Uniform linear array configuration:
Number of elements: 4
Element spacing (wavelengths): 1
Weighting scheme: hann
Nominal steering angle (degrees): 60
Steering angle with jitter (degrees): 58.345
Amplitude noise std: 0.05
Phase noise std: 0.05

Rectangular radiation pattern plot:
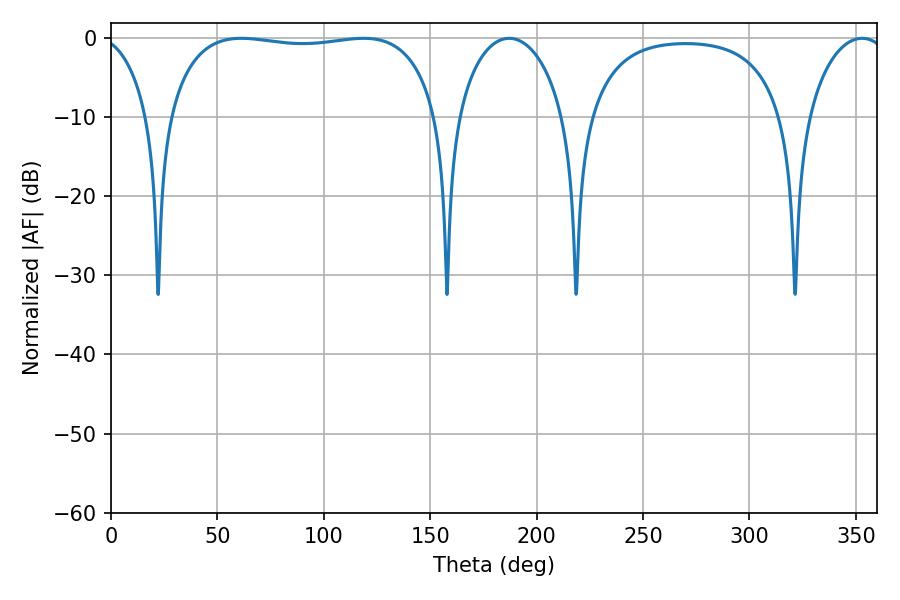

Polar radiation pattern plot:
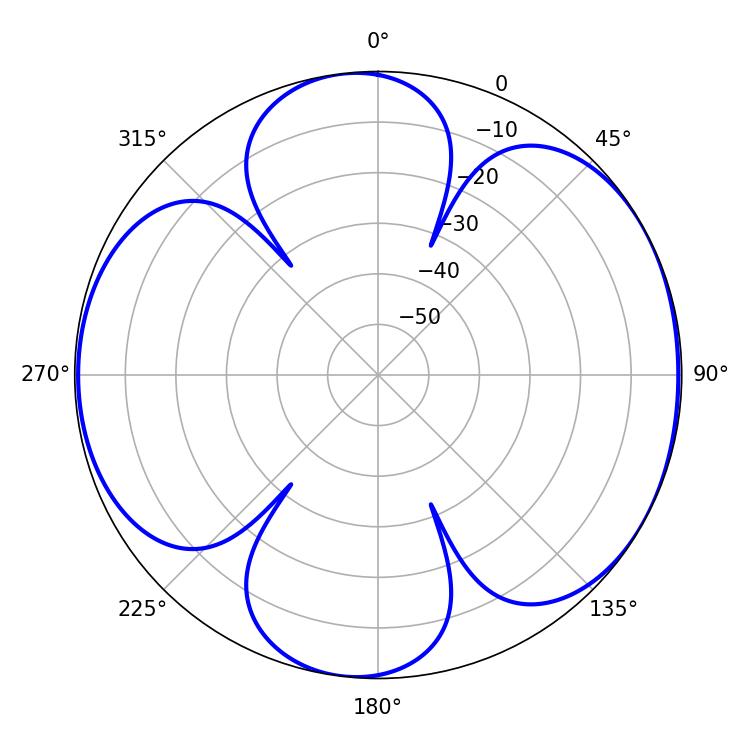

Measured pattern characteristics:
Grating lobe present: TRUE
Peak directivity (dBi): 6.321
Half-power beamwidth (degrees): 102.24
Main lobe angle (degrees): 61.2